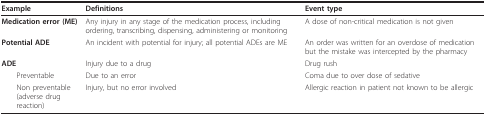
<table><thead><tr><td><b>Example</b></td><td><b>Definitions</b></td><td><b>Event type</b></td></tr></thead><tbody><tr><td><b>Medication error (ME)</b></td><td>Any injury in any stage of the medication process, including ordering, transcribing, dispensing, administering or monitoring</td><td>A dose of non-critical medication is not given</td></tr><tr><td><b>Potential ADE</b></td><td>An incident with potential for injury; all potential ADEs are ME</td><td>An order was written for an overdose of medication but the mistake was intercepted by the pharmacy</td></tr><tr><td><b>ADE</b></td><td>Injury due to a drug</td><td>Drug rush</td></tr><tr><td> Preventable</td><td>Due to an error</td><td>Coma due to over dose of sedative</td></tr><tr><td> Non preventable (adverse drug reaction)</td><td>Injury, but no error involved</td><td>Allergic reaction in patient not known to be allergic</td></tr></tbody></table>